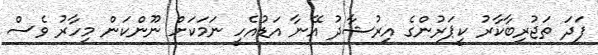
ފަދަ ތަޖުރިބާކާރު ކީޕަރުންގެ އިރުޝާދު އޭނާ އަޑުއެހީ ނަމަކަށް ނޫންކަން މިހާރު ވެސް